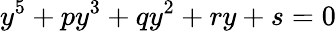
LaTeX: y^{5}+py^{3}+qy^{2}+ry+s=0